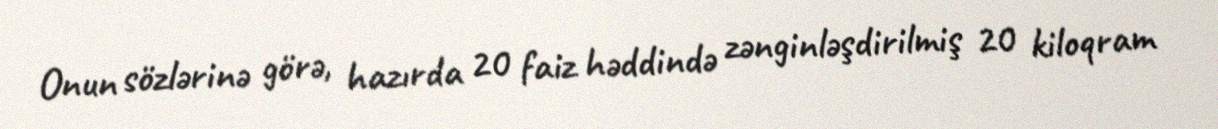
Onun sözlərinə görə, hazırda 20 faiz həddində zənginləşdirilmiş 20 kiloqram